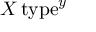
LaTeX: X \, \mathrm { t y p e } ^ { y }